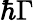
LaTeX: \hbar\Gamma